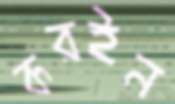
করইন